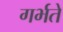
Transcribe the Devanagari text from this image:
गर्भते